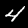
Label: 4